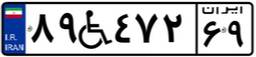
۶۵W۸۸۳۰۵